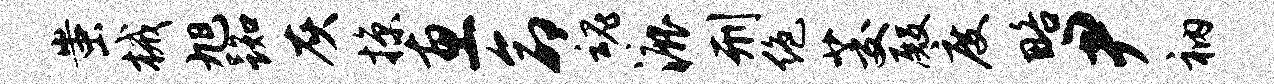
蚩械旭踟灰掠惠命魂漉刑绝茭殿度略尹衲